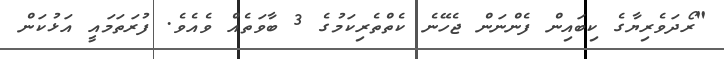
"ރޯދަވެރިޔާގެ ކިބައިން ފެންނަން ޖެހޭނެ ކެތްތެރިކަމުގެ 3 ބާވަތެއް ވެއެވެ. ފުރަތަމައީ އަޅުކަން